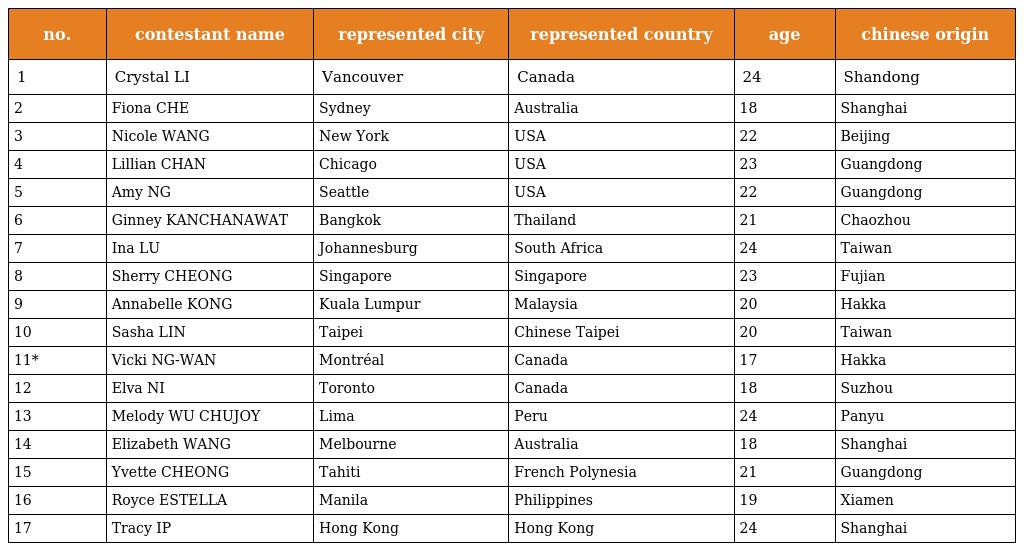
| no. | contestant name | represented city | represented country | age | chinese origin |
 | --- | --- | --- | --- | --- | --- |
 | 1 | Crystal LI 李培禎 | Vancouver | Canada | 24 | Shandong |
 | 2 | Fiona CHE 車瀠霏 | Sydney | Australia | 18 | Shanghai |
 | 3 | Nicole WANG 王倩 | New York | USA | 22 | Beijing |
 | 4 | Lillian CHAN 陳麗安 | Chicago | USA | 23 | Guangdong |
 | 5 | Amy NG 吳星薇 | Seattle | USA | 22 | Guangdong |
 | 6 | Ginney KANCHANAWAT 許裕娟 | Bangkok | Thailand | 21 | Chaozhou |
 | 7 | Ina LU 呂怡慧 | Johannesburg | South Africa | 24 | Taiwan |
 | 8 | Sherry CHEONG 鍾婷婷 | Singapore | Singapore | 23 | Fujian |
 | 9 | Annabelle KONG 江佩瑩 | Kuala Lumpur | Malaysia | 20 | Hakka |
 | 10 | Sasha LIN 林羿汎 | Taipei | Chinese Taipei | 20 | Taiwan |
 | 11* | Vicki NG-WAN 吳慧琪 | Montréal | Canada | 17 | Hakka |
 | 12 | Elva NI 倪晨曦 | Toronto | Canada | 18 | Suzhou |
 | 13 | Melody WU CHUJOY 胡家儀 | Lima | Peru | 24 | Panyu |
 | 14 | Elizabeth WANG 王蓓藝 | Melbourne | Australia | 18 | Shanghai |
 | 15 | Yvette CHEONG 張麗雲 | Tahiti | French Polynesia | 21 | Guangdong |
 | 16 | Royce ESTELLA 黃安妮 | Manila | Philippines | 19 | Xiamen |
 | 17 | Tracy IP 葉翠翠 | Hong Kong | Hong Kong | 24 | Shanghai |